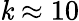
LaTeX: \mathit{k}\approx10